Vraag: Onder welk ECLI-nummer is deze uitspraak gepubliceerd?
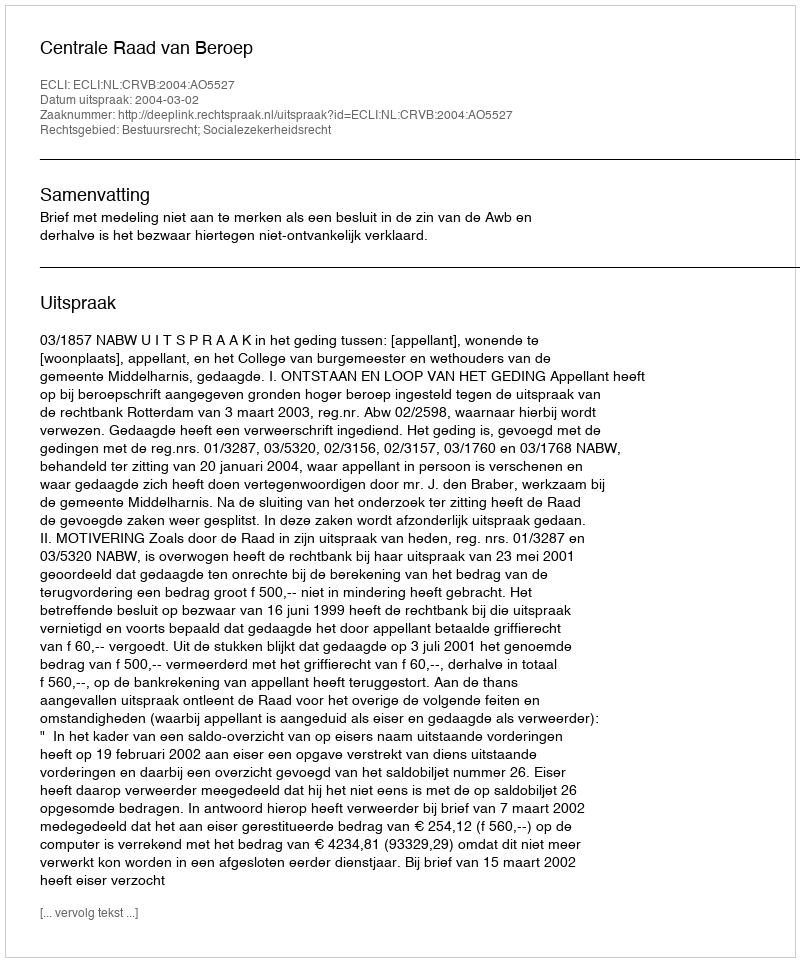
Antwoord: ECLI:NL:CRVB:2004:AO5527